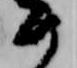
め